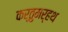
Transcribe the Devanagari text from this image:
कर्तुमर्हथ